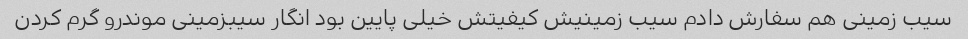
سیب زمینی هم سفارش دادم سیب زمینیش کیفیتش خیلی پایین بود انگار سیبزمینی موندرو گرم کردن